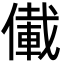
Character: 儎